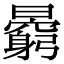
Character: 𣋶